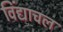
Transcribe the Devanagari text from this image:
विंद्याचल